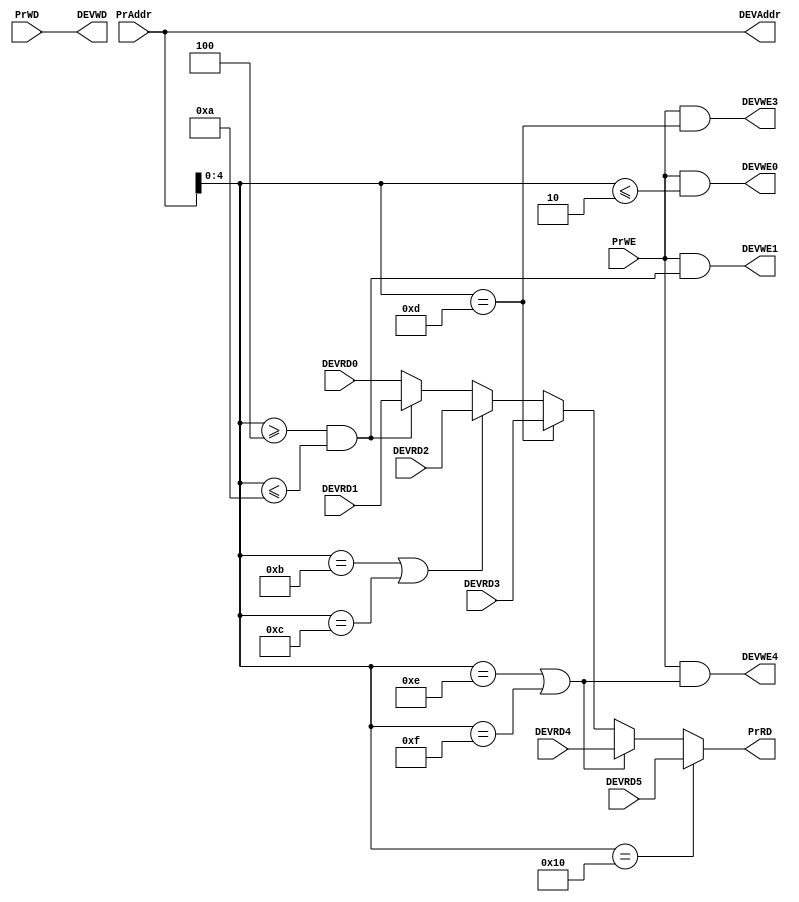
`timescale 1ns / 1ps
//////////////////////////////////////////////////////////////////////////////////
// Company: 
// Engineer: 
// 
// Design Name: 
// Module Name:    Bridge 
// Project Name: 
// Target Devices: 
// Tool versions: 
// Description: 
//
// Dependencies: 
//
// Revision: 
// Revision 0.01 - File Created
// Additional Comments: 
//
//////////////////////////////////////////////////////////////////////////////////
module Bridge(
    input [31:2] PrAddr,
    input [31:0] PrWD,
	 input [31:0] DEVRD0,
    input [31:0] DEVRD1,
	 input [31:0] DEVRD2,
	 input [31:0] DEVRD3,
	 input [31:0] DEVRD4,
	 input [31:0] DEVRD5,
	 input PrWE,
	 output [31:0] PrRD,
    output [31:2] DEVAddr,
    output [31:0] DEVWD,
    output DEVWE0,
    output DEVWE1,
	 output DEVWE3,
	 output DEVWE4
    );

	wire HitDEV0, HitDEV1, HitDEV2, HitDEV3, HitDEV4, HitDEV5;
	
	assign HitDEV0 = (PrAddr[6:2] <= 5'b00010),
			 HitDEV1 = (PrAddr[6:2] >= 5'b00100) && (PrAddr[6:2] <= 5'b01010),
			 HitDEV2 = (PrAddr[6:2] == 5'b01011) || (PrAddr[6:2] == 5'b01100),
			 HitDEV3 = (PrAddr[6:2] == 5'b01101),
			 HitDEV4 = (PrAddr[6:2] == 5'b01110) || (PrAddr[6:2] == 5'b01111),
			 HitDEV5 = (PrAddr[6:2] == 5'b10000);
			 
	assign DEVWE4 = PrWE && HitDEV4, DEVWE3 = PrWE && HitDEV3, 
			 DEVWE1 = PrWE && HitDEV1, DEVWE0 = PrWE && HitDEV0, 
			 PrRD = HitDEV5 ? DEVRD5 :
					  HitDEV4 ? DEVRD4 :
					  HitDEV3 ? DEVRD3 :
					  HitDEV2 ? DEVRD2 :
					  HitDEV1 ? DEVRD1 :
					  DEVRD0,
			 DEVAddr = PrAddr,  DEVWD = PrWD;
	
endmodule